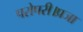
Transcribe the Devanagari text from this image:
परोपरी।प्रजा